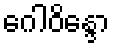
ဂေါဝိန္ဒော